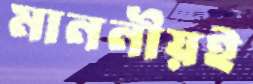
মাননীয়ই